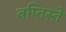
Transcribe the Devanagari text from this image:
बप्तिस्ते